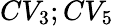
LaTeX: CV_{3};CV_{5}